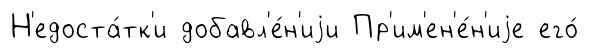
Н'едоста́тк'и добавл'е́н'иjи Пр'им'ен'е́н'иjе его́